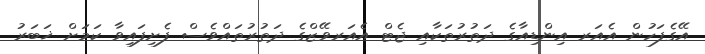
އޭގެފަހުން އެއަރ އިންޑިއާގެ ދަތުރުތަކާއި ޖެޓް އެއަރވޭޒްގެ ދަތުރުތައްވެސް ފެށިފައިވާ ކަމަށް ޚަބަރު